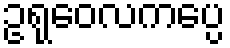
ဥရုဝေလကပ္ပေ